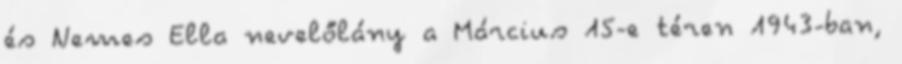
és Nemes Ella nevelőlány a Március 15-e téren 1943-ban,